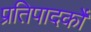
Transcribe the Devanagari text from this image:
प्रतिपादर्को